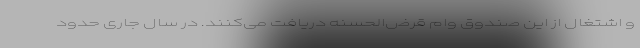
و اشتغال از این صندوق وام قرض‌الحسنه دریافت می‌کنند. در سال جاری حدود